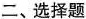
二、选择题